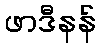
ဖာဒီနန်